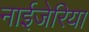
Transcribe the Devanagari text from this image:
नाईजेरिया